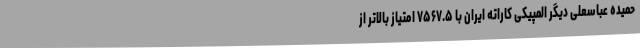
حمیده عباسعلی دیگر المپیکی کاراته ایران با ۷۵۶۷.۵ امتیاز بالاتر از